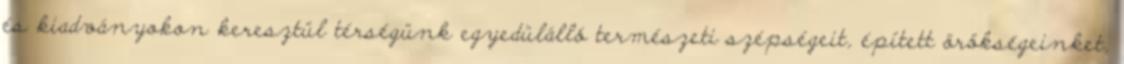
és kiadványokon keresztül térségünk egyedülálló természeti szépségeit, épített örökségeinket,